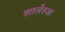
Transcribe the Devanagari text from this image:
शार्लेरुआ